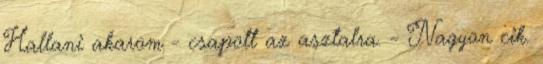
Hallani akarom - csapott az asztalra. - Nagyon cik.